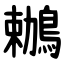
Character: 鶒